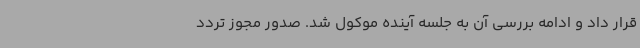
قرار داد و ادامه بررسی آن به جلسه آینده موکول شد. صدور مجوز تردد